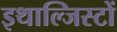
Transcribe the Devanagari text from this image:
इथाल्जिस्टों